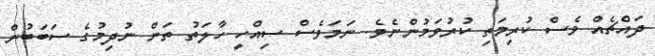
ދައްޗެއް ވެސް ކުރިމަތި ކުރުވަމުންނެވެ. ނަމަވެސް ސިއްހީ ހާލަތު ތަން ނުދިމުގެ ސަބަބުން